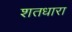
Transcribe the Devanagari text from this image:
शतधारा